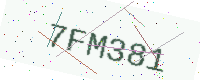
Text: 7FM381